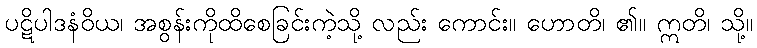
ပဋိပါဒနံဝိယ၊ အစွန်းကိုထိစေခြင်းကဲ့သို့ လည်း ကောင်း။ ဟောတိ၊ ၏။ ဣတိ၊ သို့။